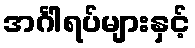
အင်္ဂါရပ်များနှင့်